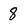
Character: 8